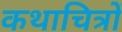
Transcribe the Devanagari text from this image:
कथाचित्रों